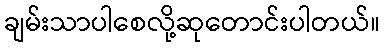
ချမ်းသာပါစေလို့ဆုတောင်းပါတယ်။